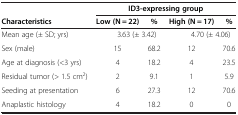
<table><thead><tr><td><b> </b></td><td colspan="4"><b>ID3-expressing group</b></td></tr><tr><td><b>Characteristics</b></td><td><b>Low (N = 22)</b></td><td><b>%</b></td><td><b>High (N = 17)</b></td><td><b>%</b></td></tr></thead><tbody><tr><td>Mean age (± SD; yrs)</td><td colspan="2">3.63 (± 3.42)</td><td colspan="2">4.70 (± 4.06)</td></tr><tr><td>Sex (male)</td><td>15</td><td>68.2</td><td>12</td><td>70.6</td></tr><tr><td>Age at diagnosis (&lt;3 yrs)</td><td>4</td><td>18.2</td><td>4</td><td>23.5</td></tr><tr><td>Residual tumor (&gt; 1.5 cm<sup>2</sup>)</td><td>2</td><td>9.1</td><td>1</td><td>5.9</td></tr><tr><td>Seeding at presentation</td><td>6</td><td>27.3</td><td>12</td><td>70.6</td></tr><tr><td>Anaplastic histology</td><td>4</td><td>18.2</td><td>0</td><td>0</td></tr></tbody></table>